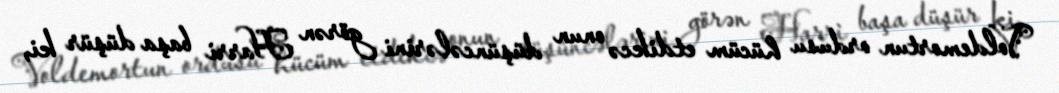
Voldemortun ordusu hücüm etdikcə onun düşüncələrini görən Harri başa düşür ki,